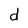
Character: d